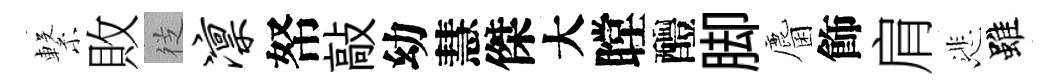
繋敗徔凛帑敲幼慧傑大瞠醴脚麕飾肩悲雖